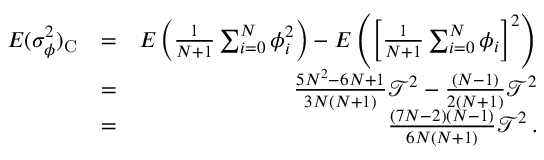
\begin{array} { r l r } { E ( \sigma _ { \phi } ^ { 2 } ) _ { \mathrm C } } & { = } & { E \left( { \frac { 1 } { N + 1 } } \sum _ { i = 0 } ^ { N } \phi _ { i } ^ { 2 } \right) - E \left( \left[ { \frac { 1 } { N + 1 } } \sum _ { i = 0 } ^ { N } \phi _ { i } \right] ^ { 2 } \right) } \\ & { = } & { { \frac { 5 N ^ { 2 } - 6 N + 1 } { 3 N ( N + 1 ) } } \mathcal { T } ^ { 2 } - { \frac { ( N - 1 ) } { 2 ( N + 1 ) } } \mathcal { T } ^ { 2 } } \\ & { = } & { { \frac { ( 7 N - 2 ) ( N - 1 ) } { 6 N ( N + 1 ) } } \mathcal { T } ^ { 2 } \, . } \end{array}